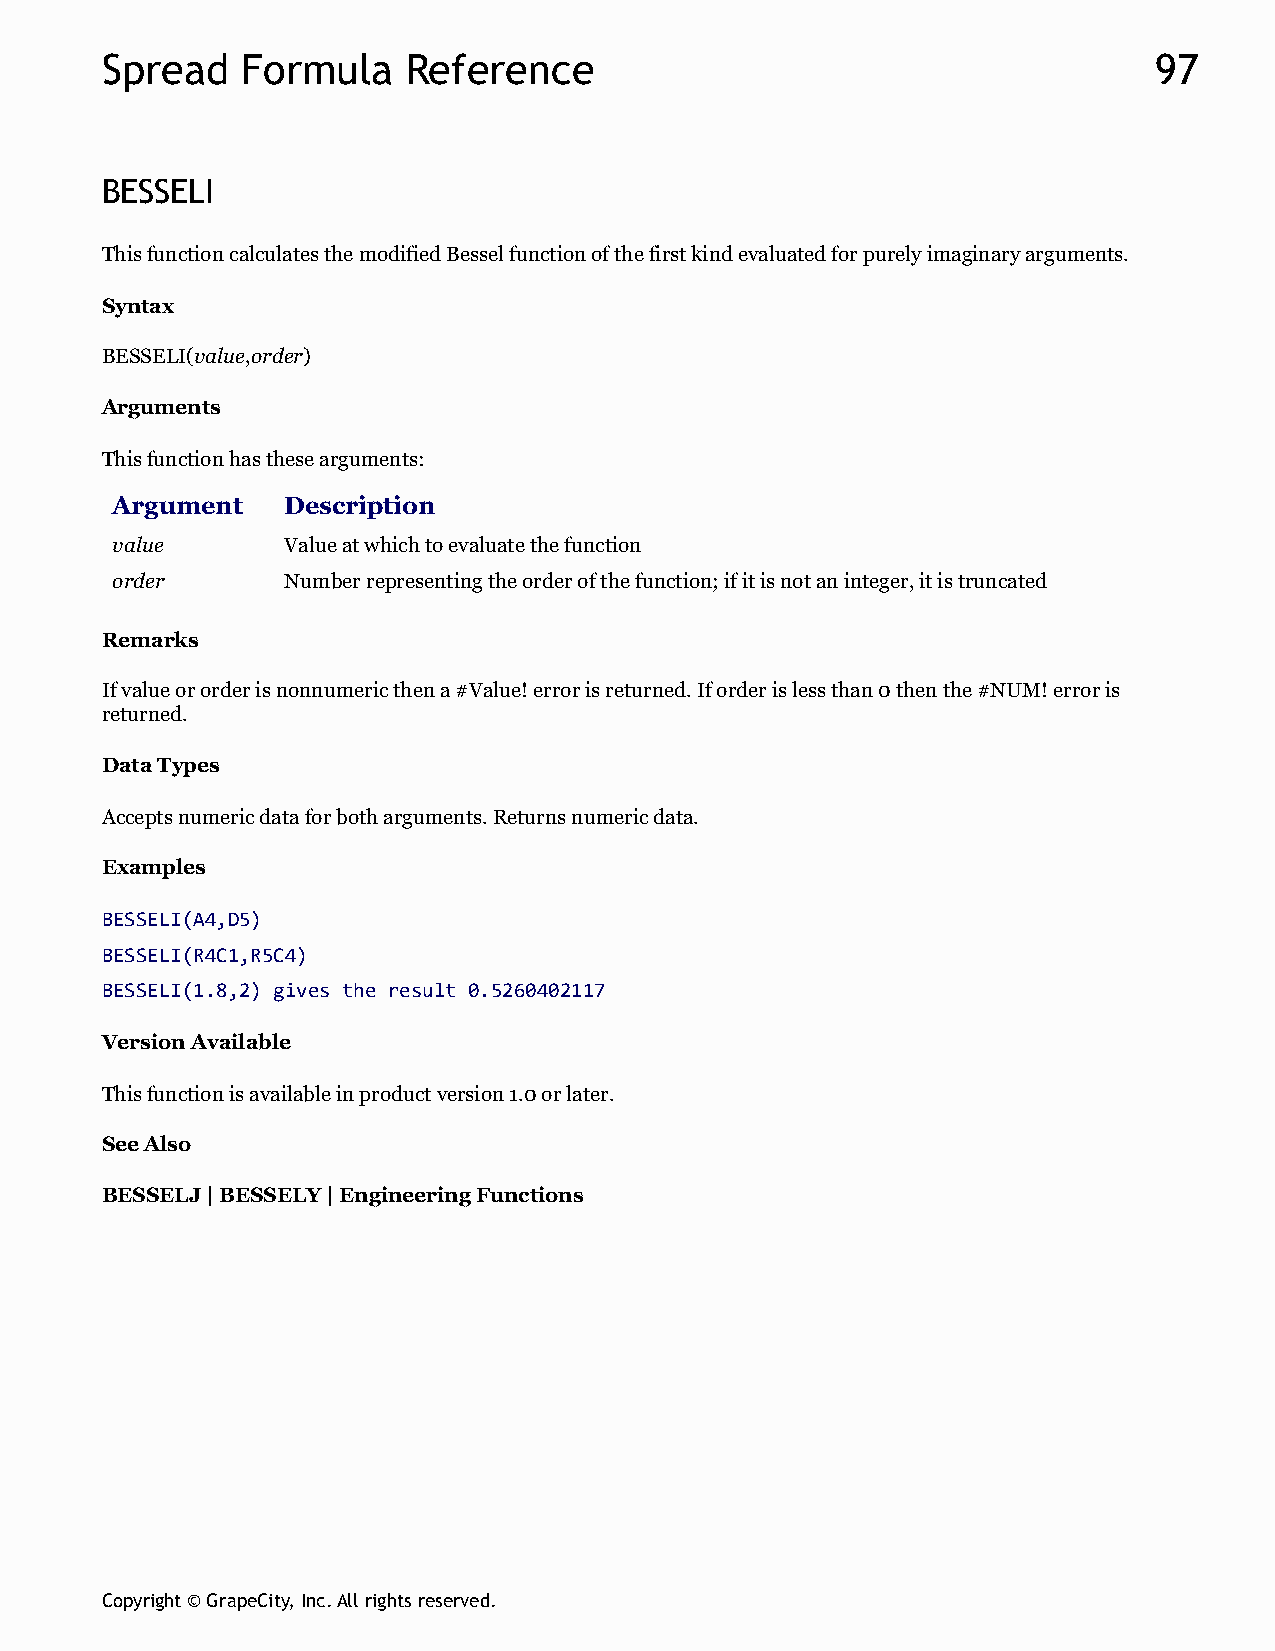
Spread   Formula    Reference                                        97
 BESSELI
 This function calculates the modified Bessel function of the first kind evaluated for purely imaginary arguments.
 Syntax
 BESSELI(value,order)
 Arguments
 This function has these arguments:
 Argument    Description
 value       Value at which to evaluate the function
 order       Number representing the order of the function; if it is not an integer, it is truncated
 Remarks
 If value or order is nonnumeric then a #Value! error is returned. If order is less than 0 then the #NUM! error is
 returned.
 Data Types
 Accepts numeric data for both arguments. Returns numeric data.
 Examples
 BESSELI(A4,D5)
 BESSELI(R4C1,R5C4)
 BESSELI(1.8,2) gives the result 0.5260402117
 Version Available
 This function is available in product version 1.0 or later.
 See Also
 BESSELJ | BESSELY | Engineering Functions
 Copyright © GrapeCity, Inc. All rights reserved.